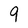
Character: 9